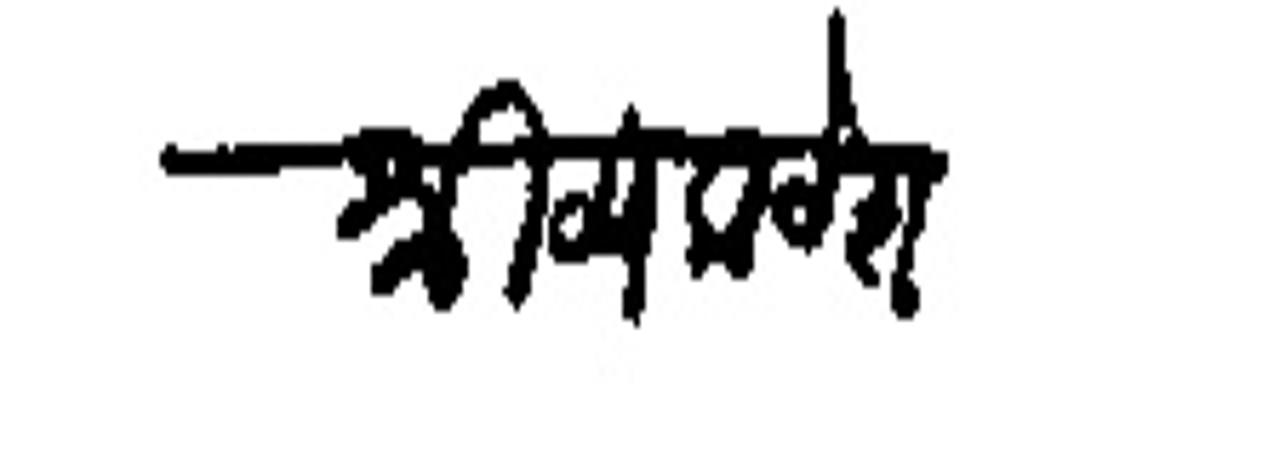
Transliteration (Devanagari): श्री व्यंकटेश